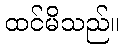
ထင်မိသည်။